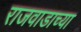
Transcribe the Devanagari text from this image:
राजवाडाच्या